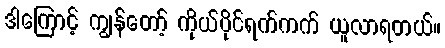
ဒါကြောင့် ကျွန်တော့် ကိုယ်ပိုင်ရက်ကက် ယူလာရတယ်။